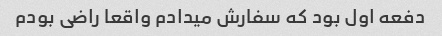
دفعه اول بود که سفارش میدادم واقعا راضی بودم